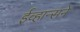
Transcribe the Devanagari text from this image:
ईव्हान्सने